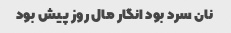
نان سرد بود انگار مال روز پیش بود